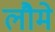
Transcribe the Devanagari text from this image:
लौमे